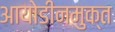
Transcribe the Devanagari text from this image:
आयोडीनमुक्त